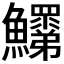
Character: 𩽞